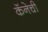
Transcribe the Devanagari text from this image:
कॅनेची